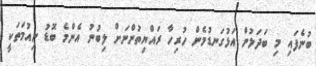
ބުނެފައި މި ބަދަލުން އަޅުގަނޑުމެން ހުރިހާ ރައްޔިތުންނަށް ލިބުނު އެންމެ ބޮޑު ނިއުމަތަކީ